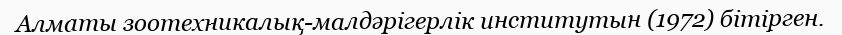
Алматы зоотехникалық-малдәрігерлік институтын (1972) бітірген.